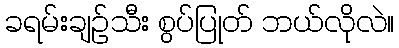
ခရမ်းချဉ်သီး စွပ်ပြုတ် ဘယ်လိုလဲ။